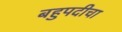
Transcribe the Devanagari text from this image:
बहुपदीचा